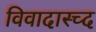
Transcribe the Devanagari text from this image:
विवादास्च्द